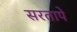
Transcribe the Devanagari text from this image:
सरतापे